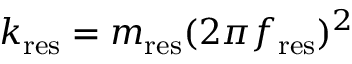
k _ { \mathrm { r e s } } = m _ { \mathrm { r e s } } ( 2 \pi f _ { \mathrm { r e s } } ) ^ { 2 }